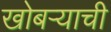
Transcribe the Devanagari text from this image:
खोबऱ्याची